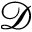
\mathcal { D }